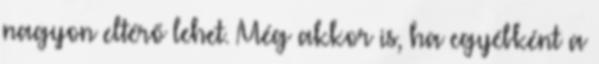
nagyon eltérő lehet. Még akkor is, ha egyébként a